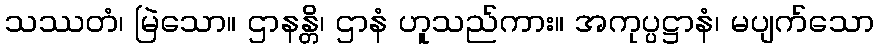
သဿတံ၊ မြဲသော။ ဌာနန္တိ၊ ဌာနံ ဟူသည်ကား။ အကုပ္ပဋ္ဌာနံ၊ မပျက်သော